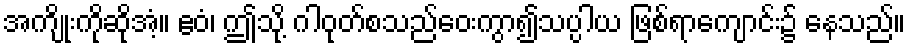
အကျိုးကိုဆိုအံ့။ ဧဝံ၊ ဤသို့ ဂါဝုတ်စသည်ဝေးကွာ၍သပ္ပါယ ဖြစ်ရာကျောင်း၌ နေသည်။